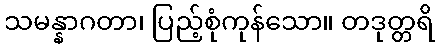
သမန္နာဂတာ၊ ပြည့်စုံကုန်သော။ တဒုတ္တရိ